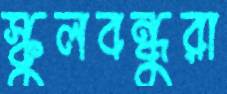
স্কুলবন্ধুরা